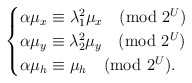
\begin{align*}\begin{cases} \alpha \mu_x \equiv \lambda_1^2 \mu_x \pmod{2^U} \\ \alpha \mu_y \equiv \lambda_2^2 \mu_y \pmod{2^U} \\ \alpha \mu_h \equiv \mu_h \pmod{2^U}. \end{cases}\end{align*}